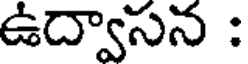
ఉద్వాసన :